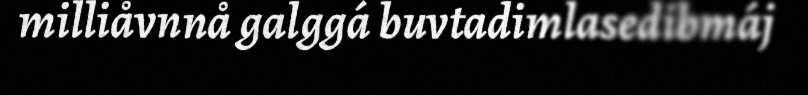
milliåvnnå galggá buvtadimlasedibmáj